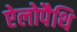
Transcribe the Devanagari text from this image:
ऐलोपैथि